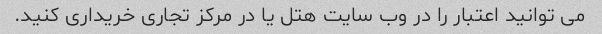
می توانید اعتبار را در وب سایت هتل یا در مرکز تجاری خریداری کنید.